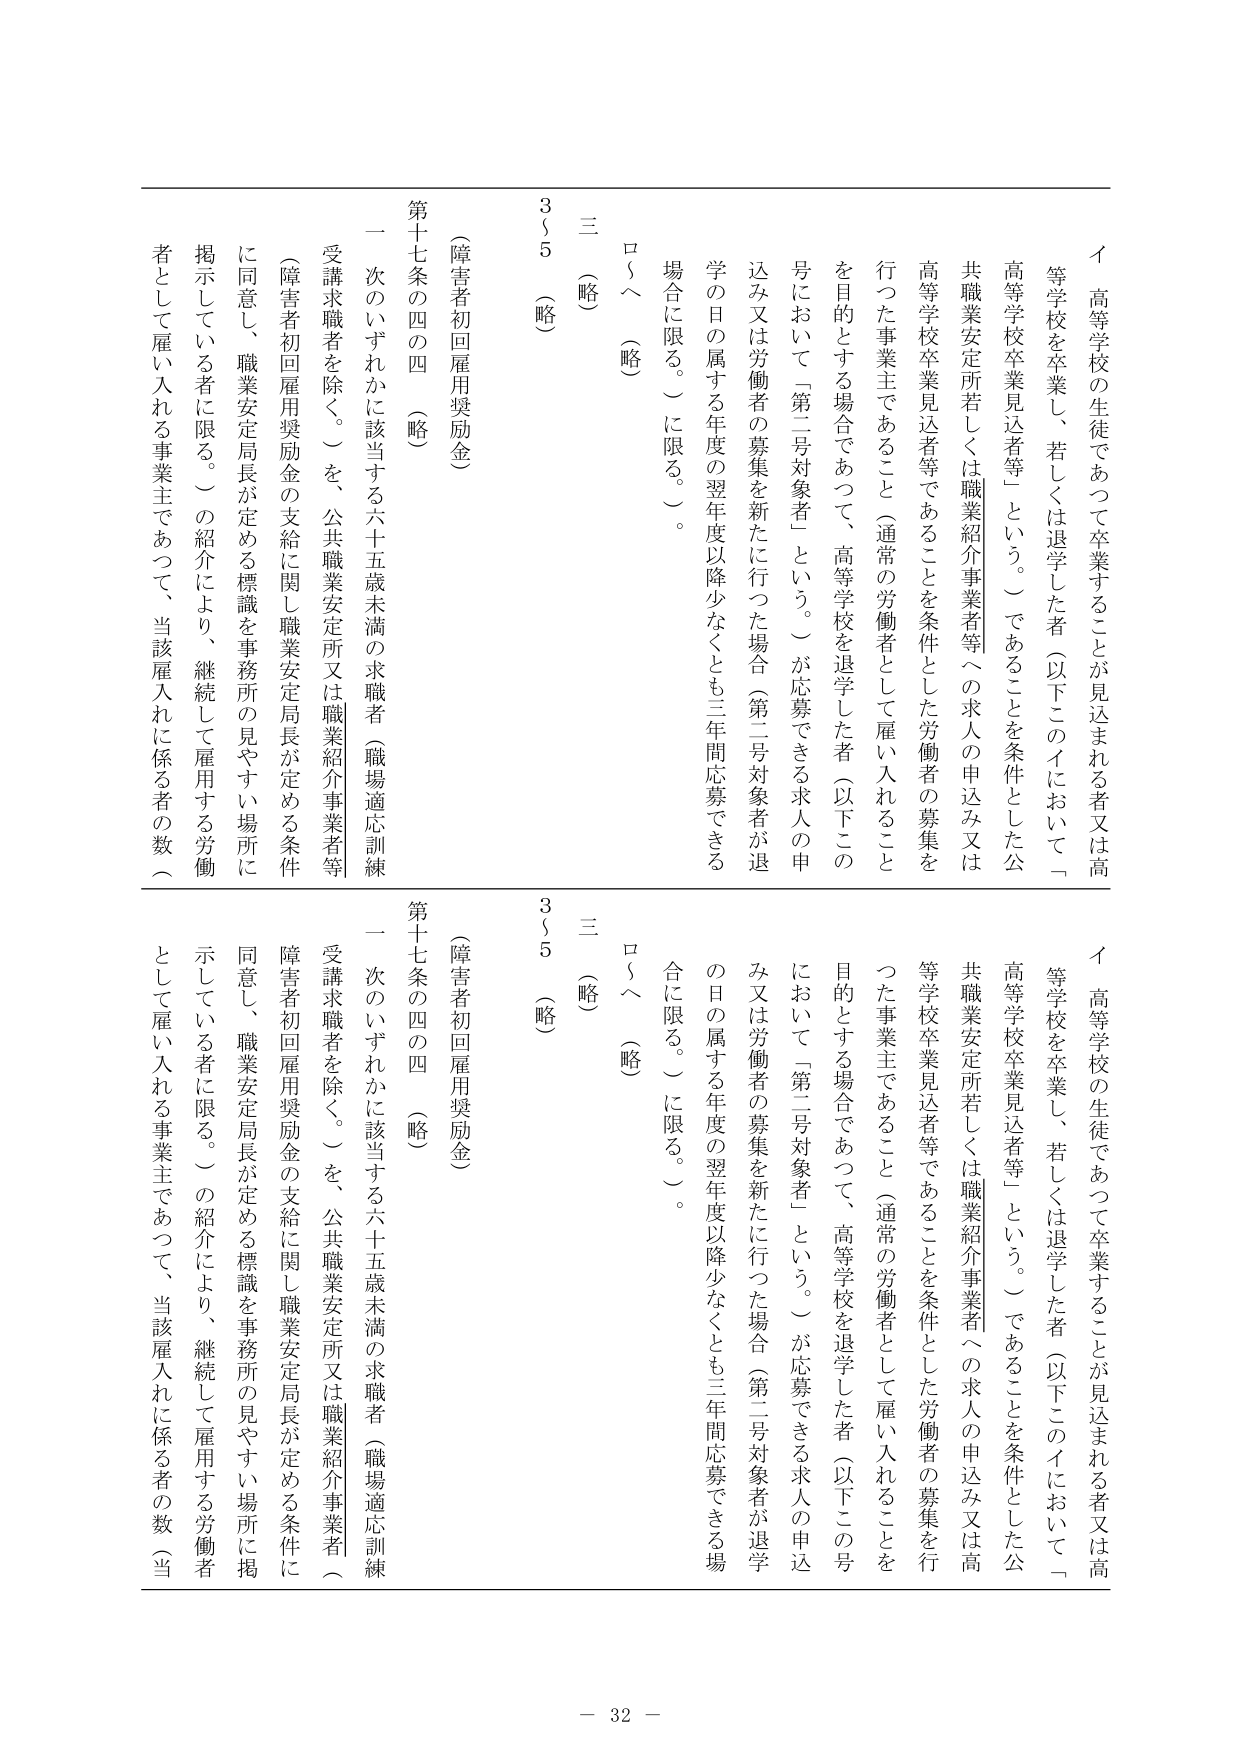
イ 高等学校の生徒であつて卒業することが見込まれる者又は高等学校を卒業し、若しくは退学した者（以下このイにおいて「高等学校卒業見込者等」という。）であることを条件とした公共職業安定所若しくは職業紹介事業者等への求人の申込み又は高等学校卒業見込者等であることを条件とした労働者の募集を行つた事業主であること（通常の労働者として雇い入れることを目的とする場合であつて、高等学校を退学した者（以下この号において「第二号対象者」という。）が応募できる求人の申込み又は労働者の募集を新たに行った場合（第二号対象者が退学の日の属する年度の翌年度以降少なくとも三年間応募できる場合に限る。）に限る。）。

ロ～（略）

三（略）

3（5）（略）

（障害者初回雇用奨励金）

第十七条の四の四（略）

一 次のいずれかに該当する六十五歳未満の求職者（職場適応訓練受講求職者を除く。）を、公共職業安定所又は職業紹介事業者等に同意し、職業安定局長が定める標識を事務所の見やすい場所に掲示している者に限る。）の紹介により、継続して雇用する労働者として雇い入れる事業主であつて、当該雇入れに係る者の数（

イ 高等学校の生徒であつて卒業することが見込まれる者又は高等学校を卒業し、若しくは退学した者（以下このイにおいて「高等学校卒業見込者等」という。）であることを条件とした公共職業安定所若しくは職業紹介事業者等への求人の申込み又は高等学校卒業見込者等であることを条件とした労働者の募集を行つた事業主であること（通常の労働者として雇い入れることを目的とする場合であつて、高等学校を退学した者（以下この号において「第二号対象者」という。）が応募できる求人の申込み又は労働者の募集を新たに行った場合（第二号対象者が退学の日の属する年度の翌年度以降少なくとも三年間応募できる場合に限る。）に限る。）。

ロ～（略）

三（略）

3（5）（略）

（障害者初回雇用奨励金）

第十七条の四の四（略）

一 次のいずれかに該当する六十五歳未満の求職者（職場適応訓練受講求職者を除く。）を、公共職業安定所又は職業紹介事業者（障害者初回雇用奨励金の支給に関し職業安定局長が定める条件に同意し、職業安定局長が定める標識を事務所の見やすい場所に掲示している者に限る。）の紹介により、継続して雇用する労働者として雇い入れる事業主であつて、当該雇入れに係る者の数（当

－ 32 －